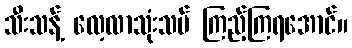
သီးသန့် လေ့လာသုံးသပ် ကြည့်ကြရအောင်။